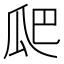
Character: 𭺗